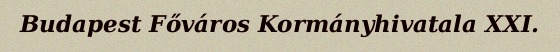
Budapest Főváros Kormányhivatala XXI.